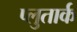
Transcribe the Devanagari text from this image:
प्लुतार्क